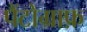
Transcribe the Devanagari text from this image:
पैंटोग्राफ़